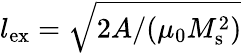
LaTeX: l_{\mathrm{ex}}=\sqrt{2A/(\mu_{0}M_{\mathrm{s}}^{2})}